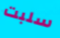
سلبت